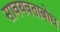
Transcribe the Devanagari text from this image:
सावयवताबोध